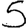
Digit: 5